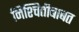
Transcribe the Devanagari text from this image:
निश्चितीबाबत